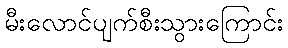
မီးလောင်ပျက်စီးသွားကြောင်း